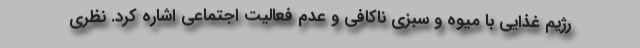
رژیم غذایی با میوه و سبزی ناکافی و عدم فعالیت اجتماعی اشاره کرد. نظری